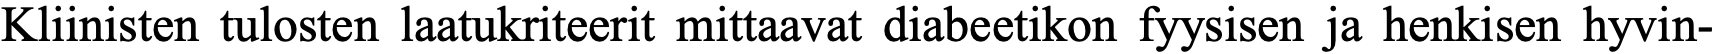
Kliinisten tulosten laatukriteerit mittaavat diabeetikon fyysisen ja henkisen hyvin-